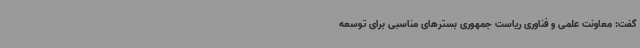
گفت: معاونت علمی و فناوری ریاست جمهوری بسترهای مناسبی برای توسعه